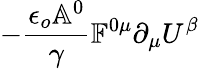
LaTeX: -\frac{\epsilon_{o}\mathbb{A}^{0}}{\gamma}\mathbb{F}^{0\mu}\partial_{\mu}U^{\beta}